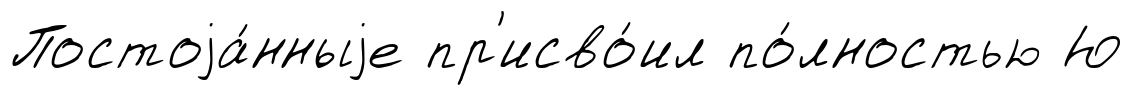
Постоjа́нныjе пр'исво́ил по́лностью Ю